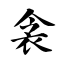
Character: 衾